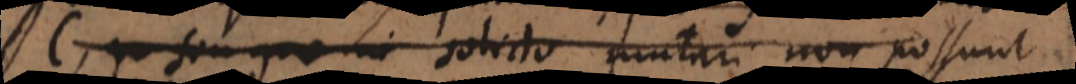
C, seu quae in solido mutari non possunt